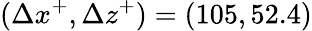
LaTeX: (\Delta x^{+},\Delta z^{+})=(105,52.4)